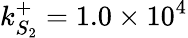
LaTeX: k_{S_{2}}^{+}=1.0\times 10^{4}